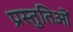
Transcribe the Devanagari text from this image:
प्रस्तुतिओं